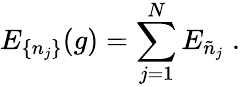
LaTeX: E_{\{ n_{j}\} }(g)=\sum_{j=1}^{N}E_{\tilde{n}_{j}}\; .